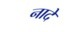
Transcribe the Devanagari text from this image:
नादे